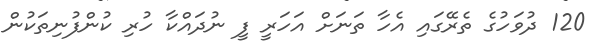
120 ދުވަހުގެ ތެރޭގައި އެހާ ތަނަށް އަހަރީ ފީ ނުދައްކާ ހުރި ކުންފުނިތަކުން